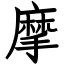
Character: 摩